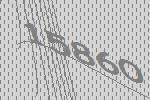
15860